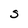
Character: S